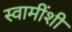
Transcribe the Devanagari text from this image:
स्वामींशी